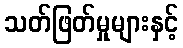
သတ်ဖြတ်မှုများနှင့်